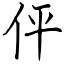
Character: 伻